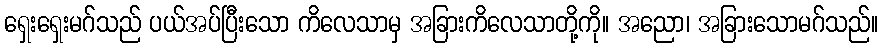
ရှေးရှေးမဂ်သည် ပယ်အပ်ပြီးသော ကိလေသာမှ အခြားကိလေသာတို့ကို။ အညော၊ အခြားသောမဂ်သည်။